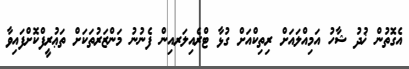
އެގޮތުން ޚުދު ޝާހު އަމިއްލައަށް ރިތިކްއަށް ގުޅާ ޓްރެއިލަރއިން ފެނުނު މަންޒަރުތަކަށް ތަޢުރީފްކޮށްފައިވާ